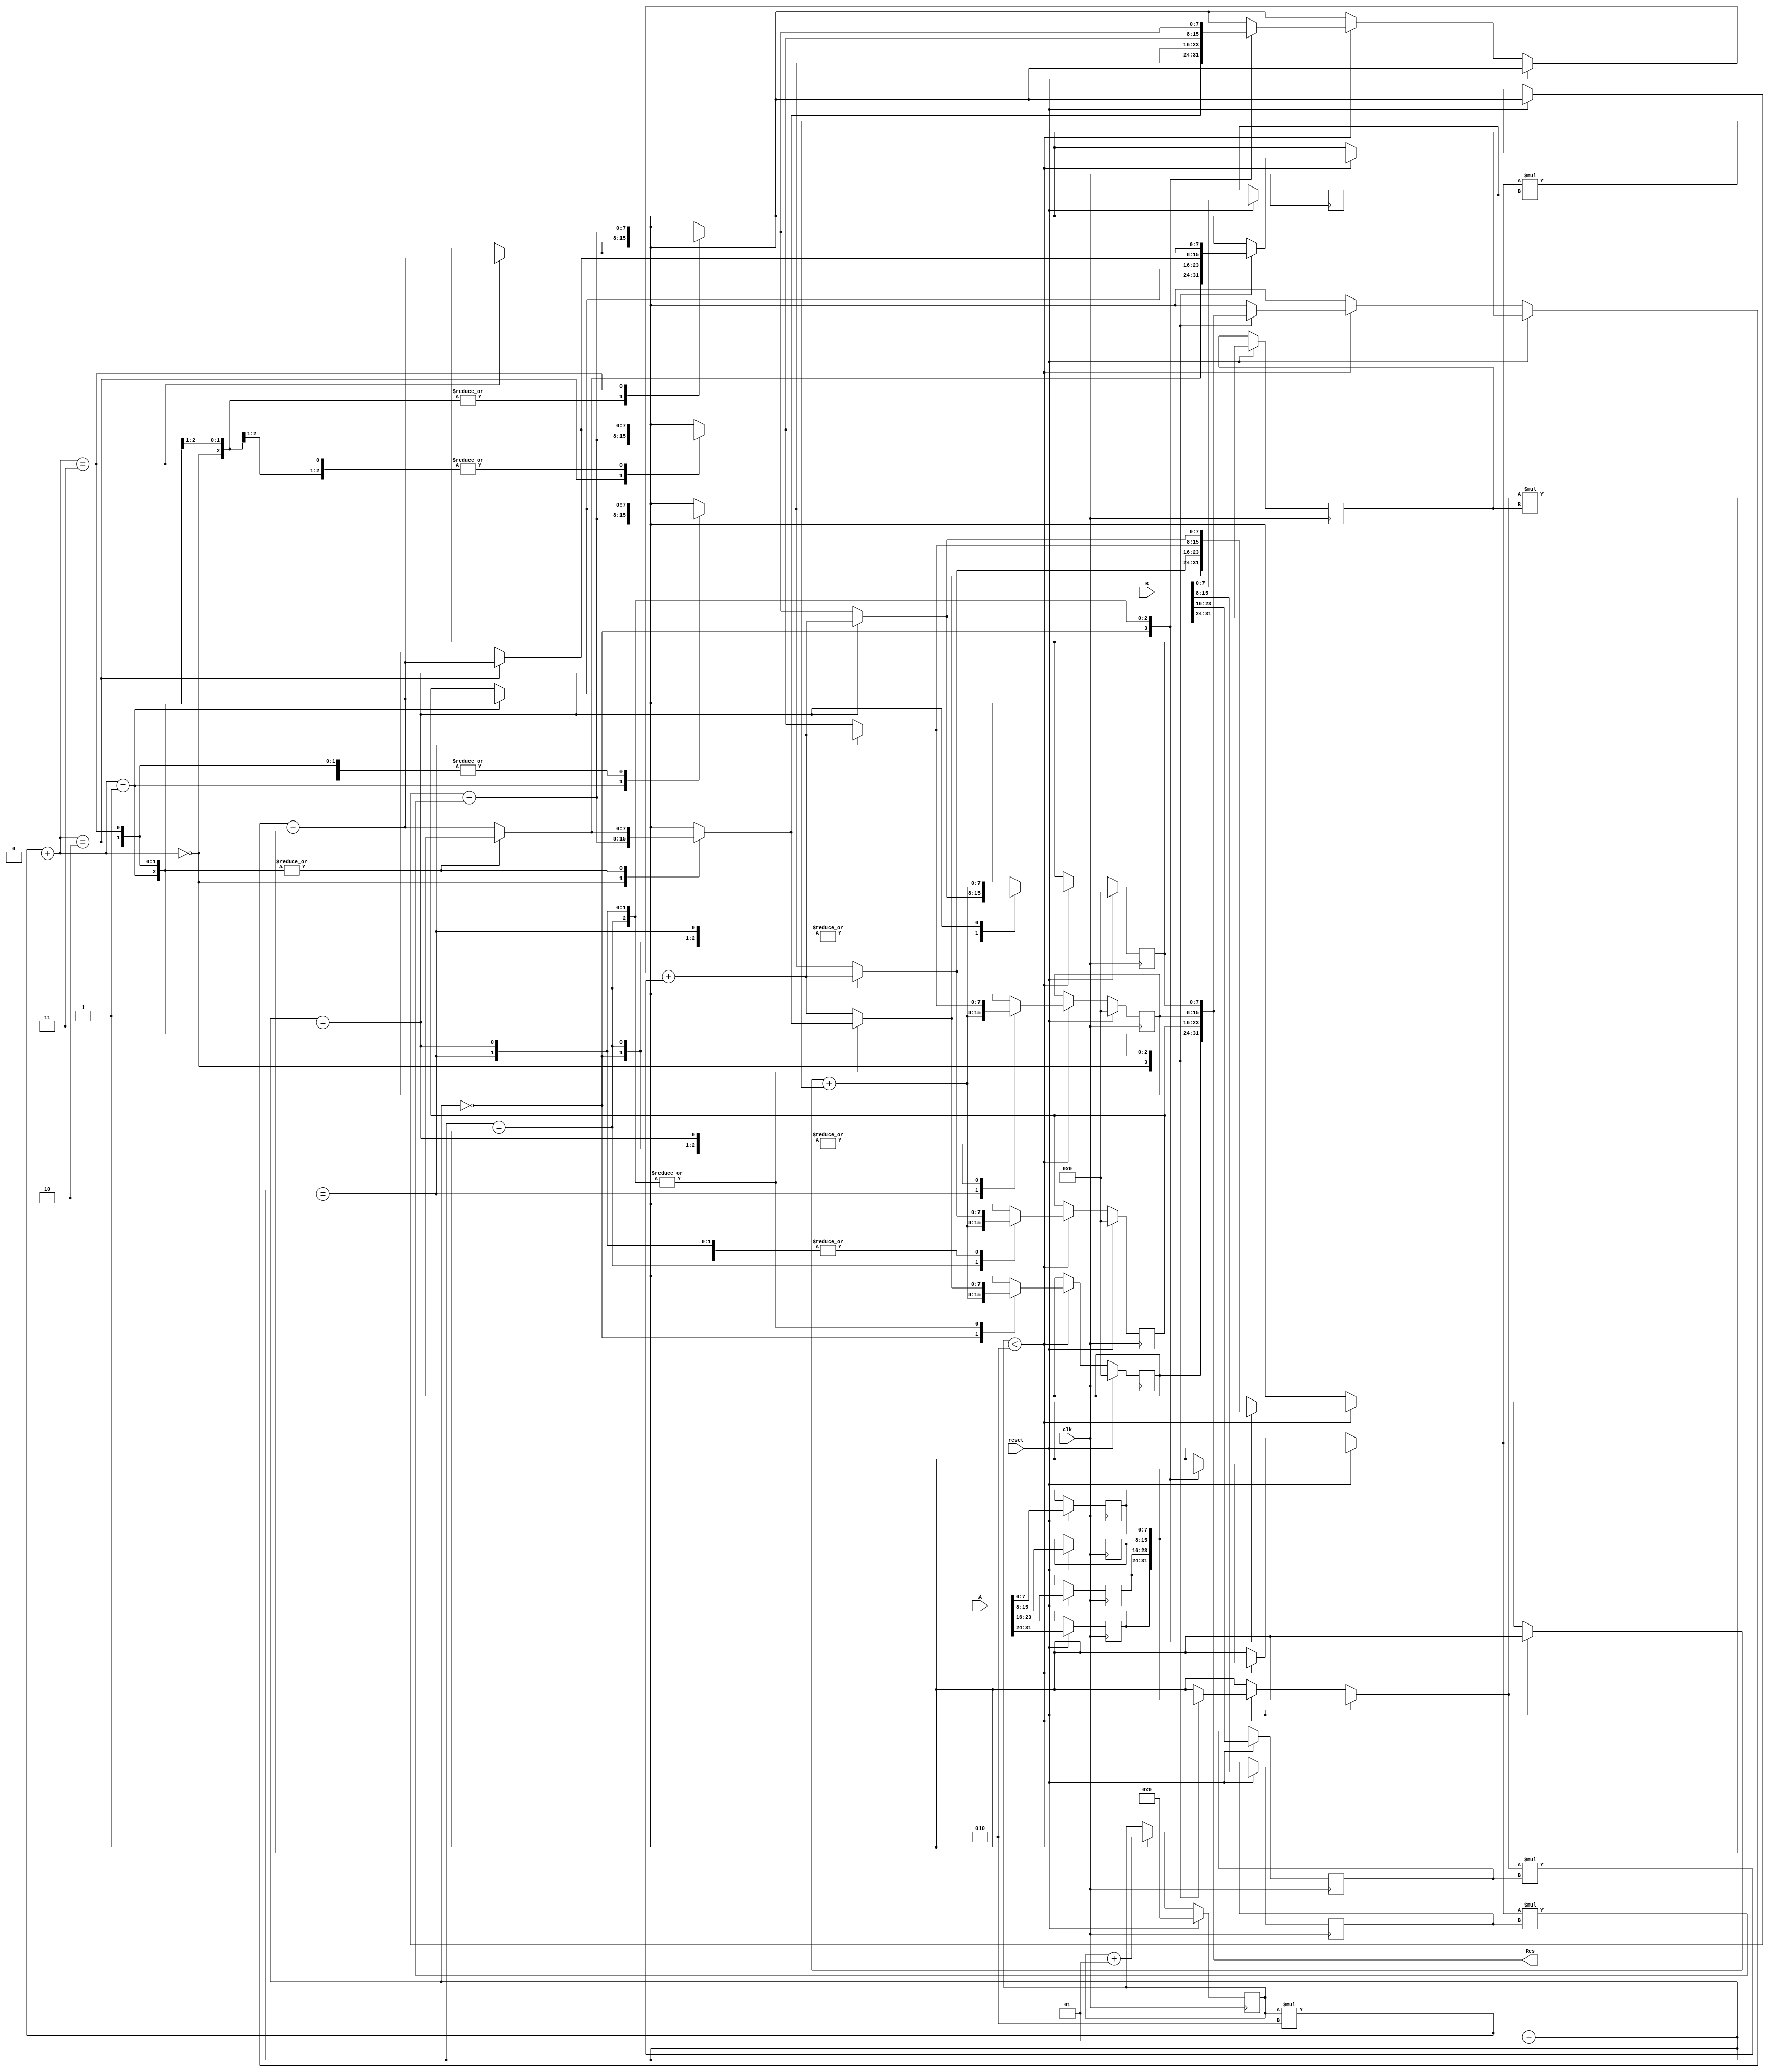
`timescale 1ns / 1ps

module matr_clk_and_for(
    input [31:0] A,
    input [31:0] B,
    input reset,
    output [31:0] Res,
    input clk
    );
    //internal variables    
    reg [7:0] A1 [0:1][0:1];
    reg [7:0] B1 [0:1][0:1];
    reg [7:0] Res1 [0:1][0:1]; 
    integer i,j,k;
    
    always @(posedge clk)
    begin
    if(reset)begin
    {A1[0][0],A1[0][1],A1[1][0],A1[1][1]} <= A;
    {B1[0][0],B1[0][1],B1[1][0],B1[1][1]} <= B;
    i <= 0;
    j <= 0;
    k <= 0;
    {Res1[0][0],Res1[0][1],Res1[1][0],Res1[1][1]} <= 32'd0; //initialize to zeros.
    end
    else
    begin
        if(i < 2)
        begin
        for(j = 0; j < 2; j = j+1)
        begin
        Res1[i][j] = Res1[i][j] + (A1[i][0] * B1[0][j]);
        Res1[i][j] = Res1[i][j] + (A1[i][1] * B1[1][j]);
        end
        i = i+1;
        end
        end
        end
        
        assign  Res = {Res1[0][0],Res1[0][1],Res1[1][0],Res1[1][1]};
    endmodule